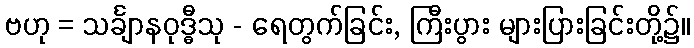
ဗဟု = သင်္ချာနဝုဒ္ဓီသု - ရေတွက်ခြင်း, ကြီးပွား များပြားခြင်းတို့၌။